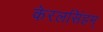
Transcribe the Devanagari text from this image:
केरलसिंहम्